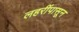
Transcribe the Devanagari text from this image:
लहरींपासून